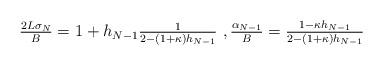
LaTeX: \begin{align*} \begin{aligned} \tfrac{2L\sigma_N}{B} = 1 + h_{N-1} \tfrac{1}{2-(1+\kappa)h_{N-1}}\,\,, \tfrac{\alpha_{N-1}}{B} = \tfrac{1-\kappa h_{N-1}}{2-(1+\kappa) h_{N-1}} \end{aligned} \end{align*}